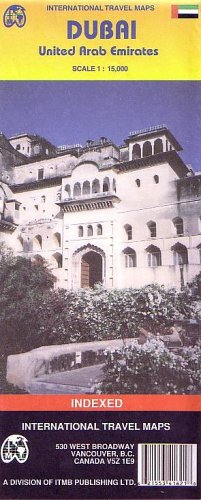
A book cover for Dubai (UAE) 1:15,000 Street Map (International Travel Maps); ITMB Canada; Travel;